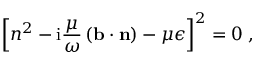
\left[ n ^ { 2 } - \mathrm { i } { \frac { \mu } { \omega } } \left( \mathbf { b } \cdot \mathbf { n } \right) - \mu \epsilon \right] ^ { 2 } = 0 \; ,